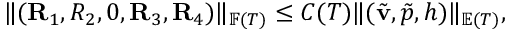
\| ( \mathbf { R } _ { 1 } , R _ { 2 } , 0 , \mathbf { R } _ { 3 } , \mathbf { R } _ { 4 } ) \| _ { \mathbb { F } ( T ) } \leq C ( T ) \| ( \tilde { \mathbf { v } } , \tilde { p } , h ) \| _ { \mathbb { E } ( T ) } ,